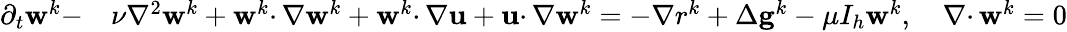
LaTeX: \begin{array}{rl}{\partial_{t}\mathbf{w}^{k}-}&{\nu\nabla^{2}\mathbf{w}^{k}+\mathbf{w}^{k}\cdotp\nabla\mathbf{w}^{k}+\mathbf{w}^{k}\cdotp\nabla\mathbf{u}+\mathbf{u}\cdotp\nabla\mathbf{w}^{k}=-\nabla r^{k}+\Delta\mathbf{g}^{k}-\mu I_{h}\mathbf{w}^{k},\quad\nabla\cdotp\mathbf{w}^{k}=0}\end{array}